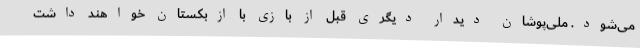
می‌شود. ملی‌پوشان دیدار دیگری قبل از بازی با ازبکستان خواهند داشت